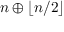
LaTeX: n \oplus \lfloor n / 2 \rfloor